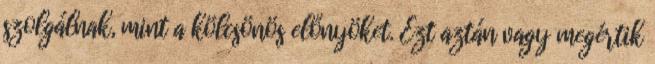
szolgálnak, mint a kölcsönös előnyöket. Ezt aztán vagy megértik